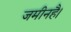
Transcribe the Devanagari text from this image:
जमीनहै।